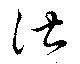
諶